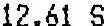
12.61 S